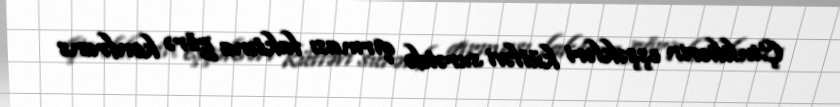
Çinliliərin eşşəkləri kütləvi surətdə qırması faktına görə konfrans